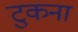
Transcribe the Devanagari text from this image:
टुकना